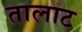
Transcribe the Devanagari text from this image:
तालाट